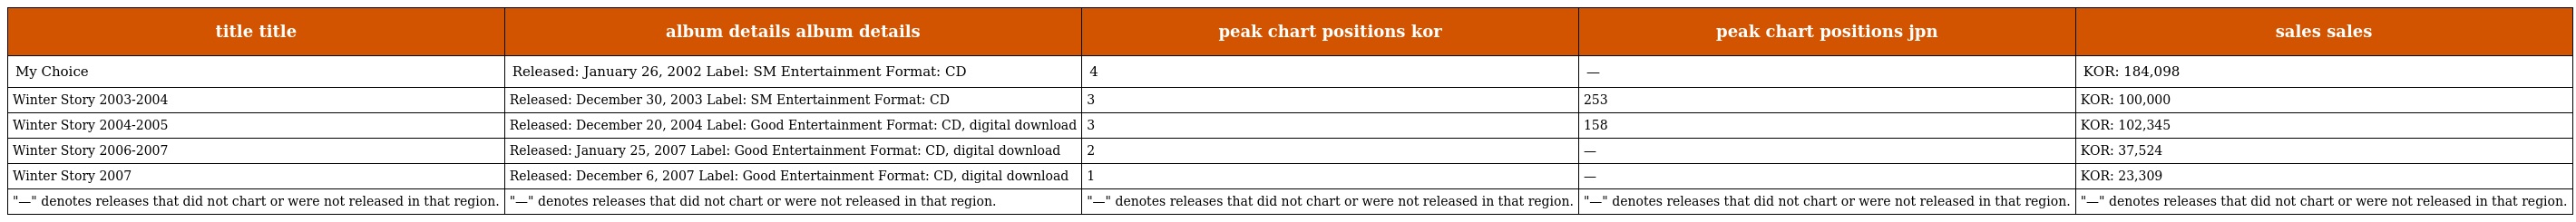
| title title | album details album details | peak chart positions kor | peak chart positions jpn | sales sales |
 | --- | --- | --- | --- | --- |
 | My Choice | Released: January 26, 2002 Label: SM Entertainment Format: CD | 4 | — | KOR: 184,098 |
 | Winter Story 2003-2004 | Released: December 30, 2003 Label: SM Entertainment Format: CD | 3 | 253 | KOR: 100,000 |
 | Winter Story 2004-2005 | Released: December 20, 2004 Label: Good Entertainment Format: CD, digital download | 3 | 158 | KOR: 102,345 |
 | Winter Story 2006-2007 | Released: January 25, 2007 Label: Good Entertainment Format: CD, digital download | 2 | — | KOR: 37,524 |
 | Winter Story 2007 | Released: December 6, 2007 Label: Good Entertainment Format: CD, digital download | 1 | — | KOR: 23,309 |
 | "—" denotes releases that did not chart or were not released in that region. | "—" denotes releases that did not chart or were not released in that region. | "—" denotes releases that did not chart or were not released in that region. | "—" denotes releases that did not chart or were not released in that region. | "—" denotes releases that did not chart or were not released in that region. |